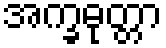
အက္ခဓုတ္တာ